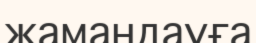
жамандауға